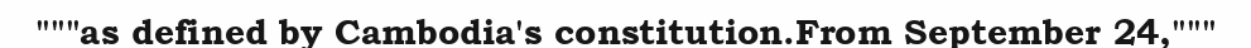
"""as defined by Cambodia's constitution.From September 24,"""